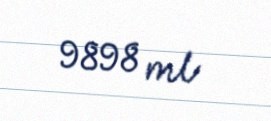
9898 ml